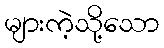
များကဲ့သို့သော